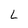
Character: L